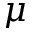
\mu